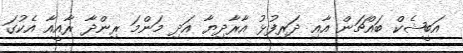
އަބީޝެކް ބައްޗަން އާއި ދަރިފުޅު އާރާދިޔާ އަދި މަންމަ ރިންދާ ރާއީއާ އެކުގަ